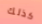
كذلك